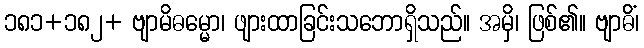
၁၈၁+၁၈၂+ ဗျာမိဓမ္မော၊ ဖျားထာခြင်းသဘောရှိသည်။ အမှိ၊ ဖြစ်၏။ ဗျာဓိံ၊